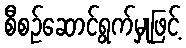
စီစဉ်ဆောင်ရွက်မှုဖြင့်